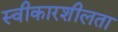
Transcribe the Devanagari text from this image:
स्वीकारशीलता